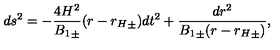
d s ^ { 2 } = - \frac { 4 H ^ { 2 } } { { B _ { 1 } } _ { \pm } } ( r - { r _ { H } } _ { \pm } ) d t ^ { 2 } + \frac { d r ^ { 2 } } { { B _ { 1 } } _ { \pm } ( r - { r _ { H } } _ { \pm } ) } ,